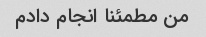
من مطمئنا انجام دادم